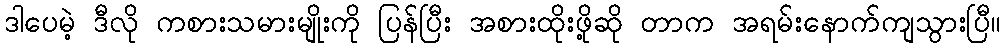
ဒါပေမဲ့ ဒီလို ကစားသမားမျိုးကို ပြန်ပြီး အစားထိုးဖို့ဆို တာက အရမ်းနောက်ကျသွားပြီ။